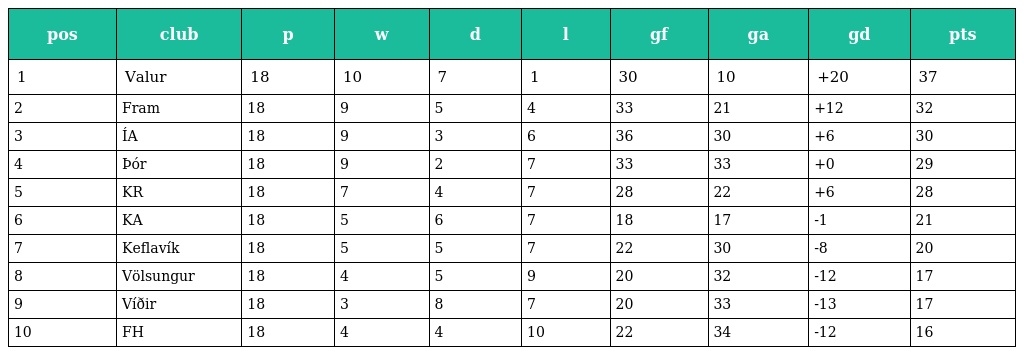
| pos | club | p | w | d | l | gf | ga | gd | pts |
 | --- | --- | --- | --- | --- | --- | --- | --- | --- | --- |
 | 1 | Valur | 18 | 10 | 7 | 1 | 30 | 10 | +20 | 37 |
 | 2 | Fram | 18 | 9 | 5 | 4 | 33 | 21 | +12 | 32 |
 | 3 | ÍA | 18 | 9 | 3 | 6 | 36 | 30 | +6 | 30 |
 | 4 | Þór | 18 | 9 | 2 | 7 | 33 | 33 | +0 | 29 |
 | 5 | KR | 18 | 7 | 4 | 7 | 28 | 22 | +6 | 28 |
 | 6 | KA | 18 | 5 | 6 | 7 | 18 | 17 | -1 | 21 |
 | 7 | Keflavík | 18 | 5 | 5 | 7 | 22 | 30 | -8 | 20 |
 | 8 | Völsungur | 18 | 4 | 5 | 9 | 20 | 32 | -12 | 17 |
 | 9 | Víðir | 18 | 3 | 8 | 7 | 20 | 33 | -13 | 17 |
 | 10 | FH | 18 | 4 | 4 | 10 | 22 | 34 | -12 | 16 |